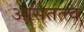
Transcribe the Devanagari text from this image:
असितत्त्व